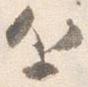
近